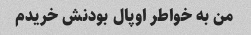
من به خواطر اوپال بودنش خریدم